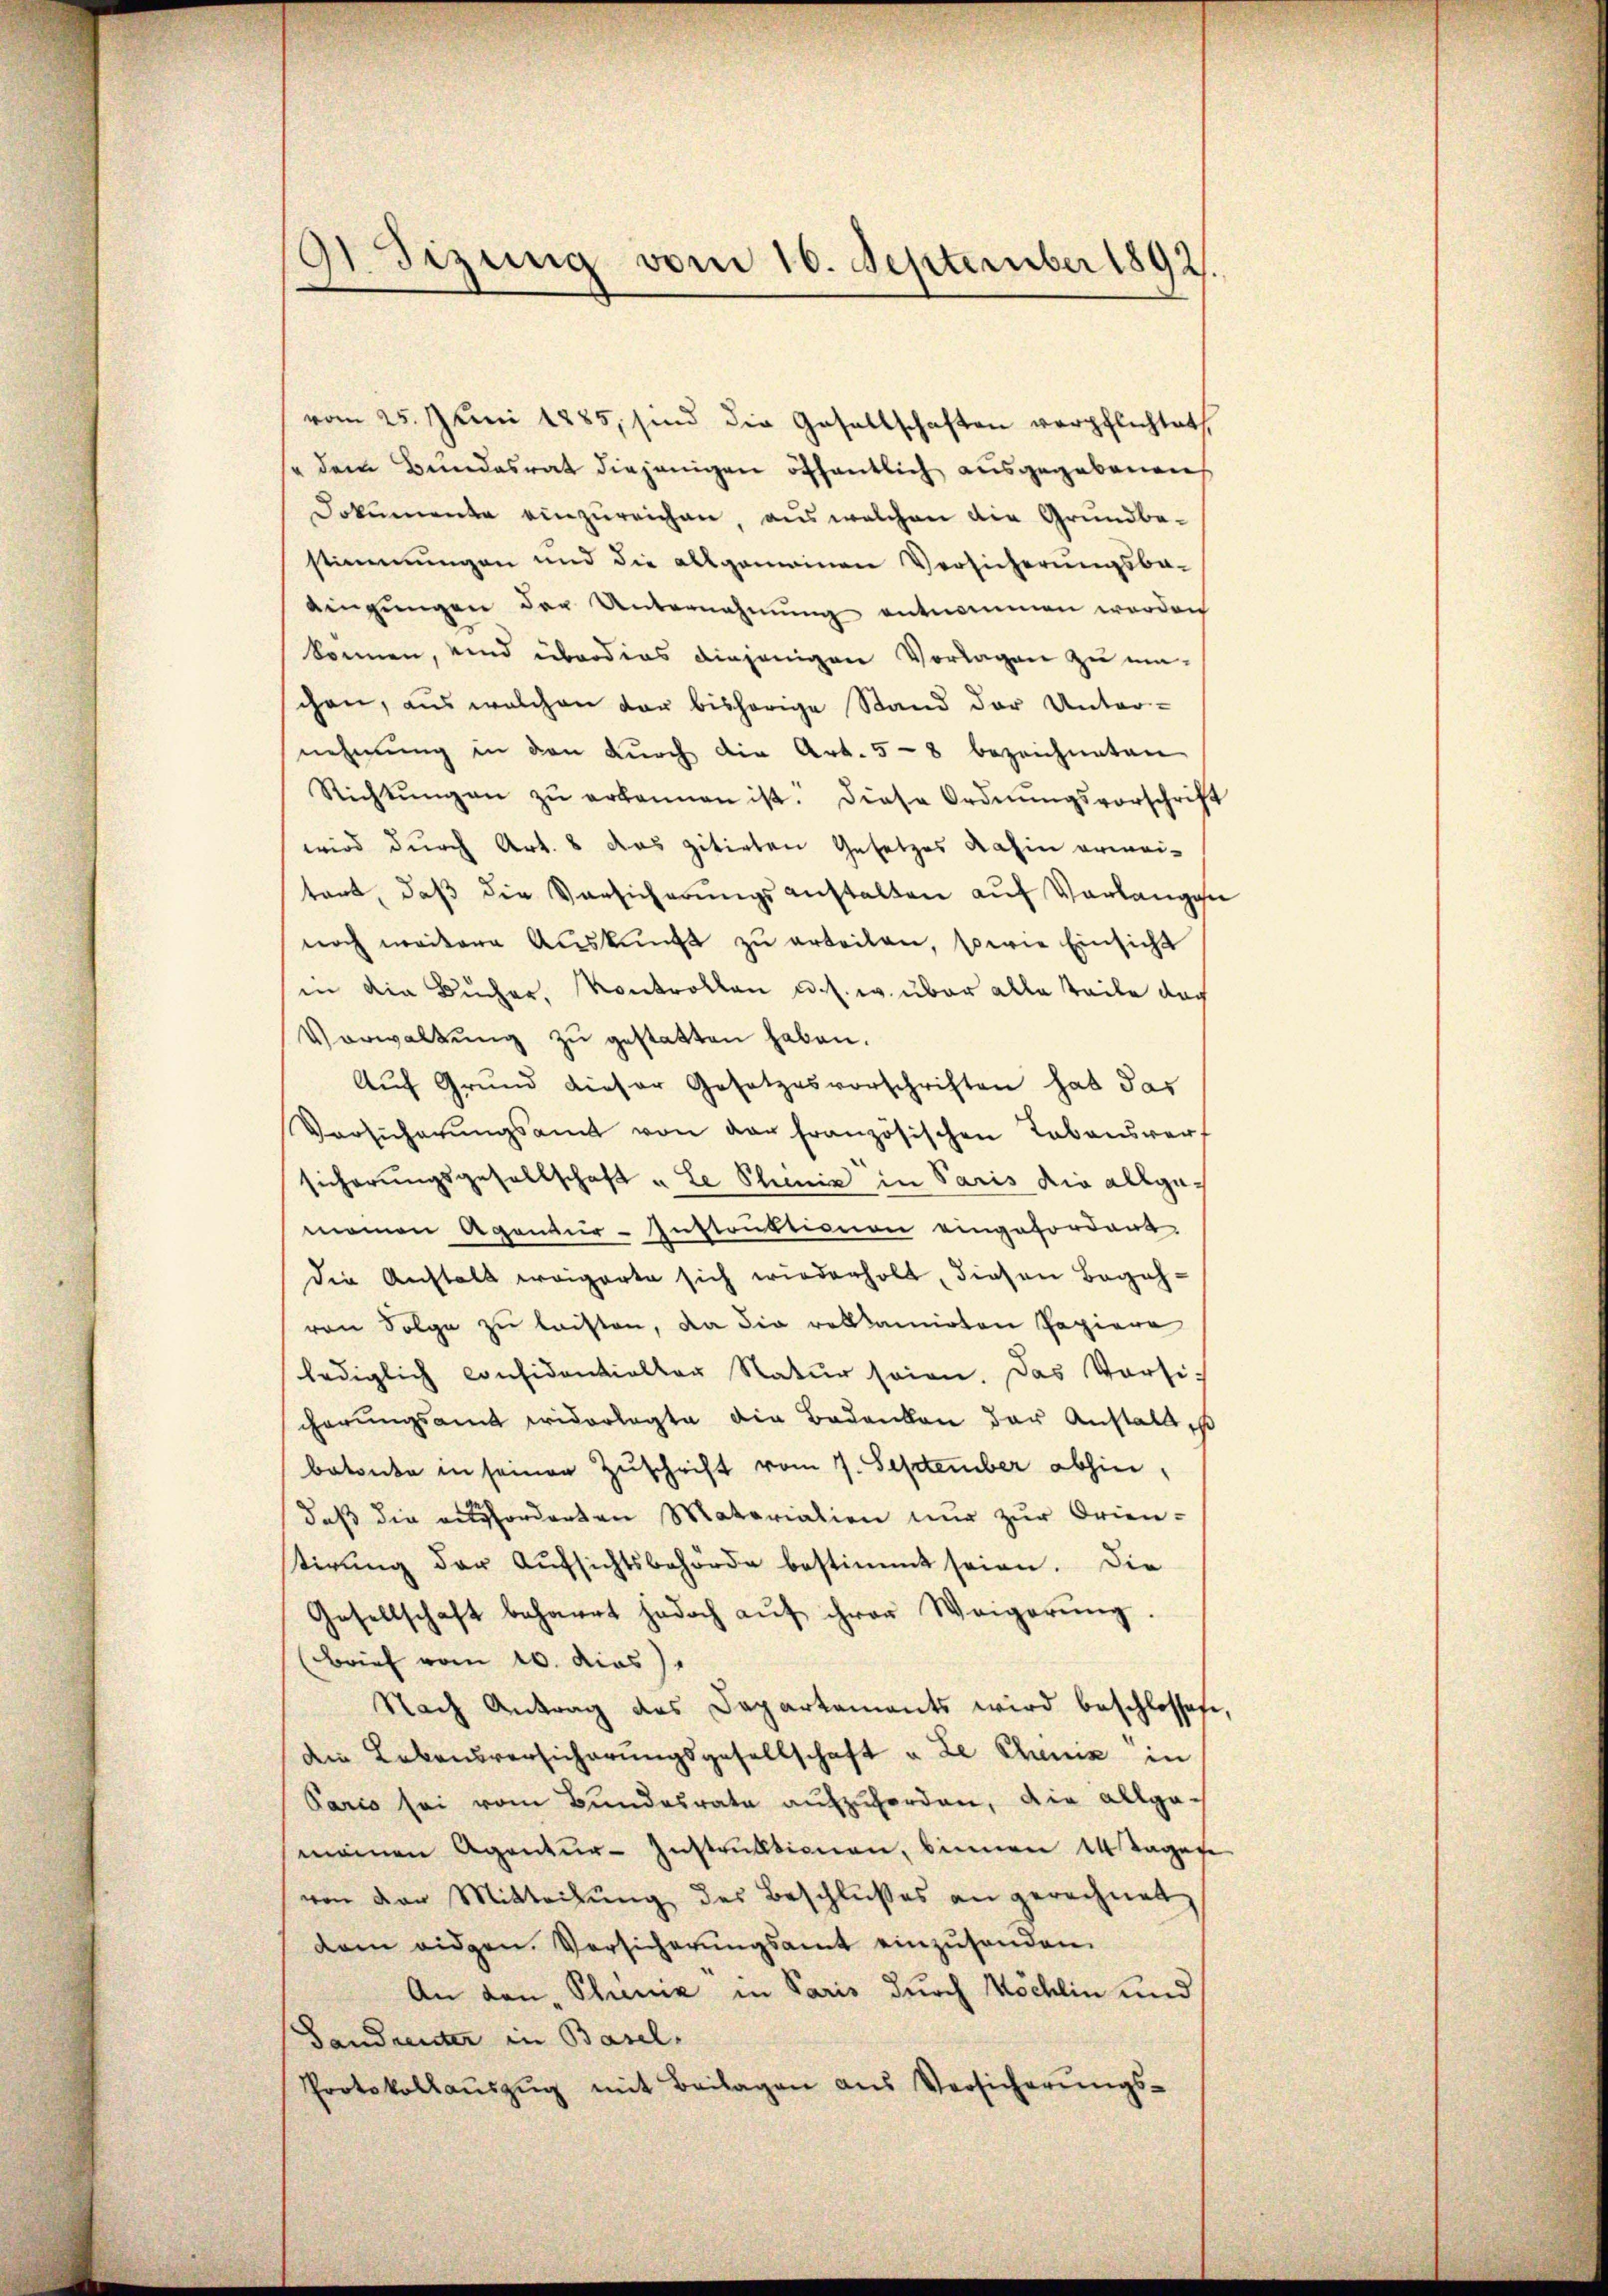
G Sizung vom 10. September 1892.

vom 25. Juni 1885, sind die Gesellschaften verpflichtet
" dem Bundesrat diejenigen öffentlich ausgegebenen
Dokumente einzureichen, aus welchen die Grundbe-
stimmungen und die allgemeinen Versicherungsba-
dingŭngen der Unternahmŭng entnommen worden
können, und überdies diejenigen Vorlagen zu einchen, aus welchen der bishörige Stand der Unter-
nehmung in den Dŭrch die Art. 58 bezeichneten
Richtŭngen zŭ erkannen ist. Diese Ordnŭngsvorschrift
wird durch Art. 8 das zitirten Gesetzes dahin erwaitant, daβ die Vorsicherungsanstalten auf Vorlangen
noch weitere Aŭskŭnft zu erteilen, sowie Einsicht
in die Bücher, Kontrollen u. s. w. über alle Teile doch
Vorwaltŭng zŭ gestatten haben.
Auf Grund dieser Gesetzesvorschriften hat das
Vorsicherŭngsamt von der französischen Lebenswerf
sicherungsgesellschaft u. Le Phöniz in Paris die allgemainen Agentur-Instruktionen eingefordent.
die Anstalt weigerte sich wiederholt, diesen Begehvon Folge zu leisten, da die reklamirten Papiere
lediglich considentieller Natur seien. Das Versic
cherungsamt widerlegte die Bedenken der Anstall s
betonte in seinen Zuschrift vom 7. September abhin,
daß die ausforderten Materialien nur zur Orien-
stirung der Aŭfsichtsbehörde bestimmt seien. Die
Gesellschaft beharrt jedoch aŭf ihrer Weigerŭng.
(Brief vom 10. dies
Nach Antrag des Departaments wird beschlossene,
den Lebensversicherungsgesellschaft u. Le Cheniz in
Paris sei vom Bundesrate aufzuforden, die allge-
mainen Agentŭr-Instrŭktionen, binnen 14 Tages
von der Mitteilung des Beschlußes an gerechnet,
dem eidgen. Versicherŭngsamt einzusenden.
An den Schreine in Paris durch Wöchlin und
Gandrenter in Basel,
Protokollaŭszŭg mit Beilagen aus Versicherŭngs-